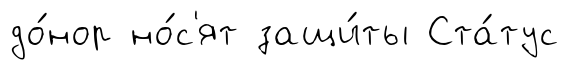
до́нор но́с'ят защи́ты Ста́тус